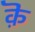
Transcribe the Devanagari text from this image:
क़ॆ